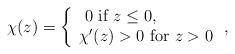
LaTeX: \begin{align*}\chi(z) = \left\{ \begin{array}{l} \ 0 \ \mbox{if}\ z \leq 0,\\\chi'(z) > 0 \ \mbox{for}\ z > 0 \end{array} \right.,\end{align*}